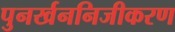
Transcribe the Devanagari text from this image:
पुनर्खननिजीकरण